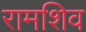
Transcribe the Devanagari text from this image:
रामशिव